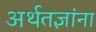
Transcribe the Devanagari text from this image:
अर्थतज्ञांना